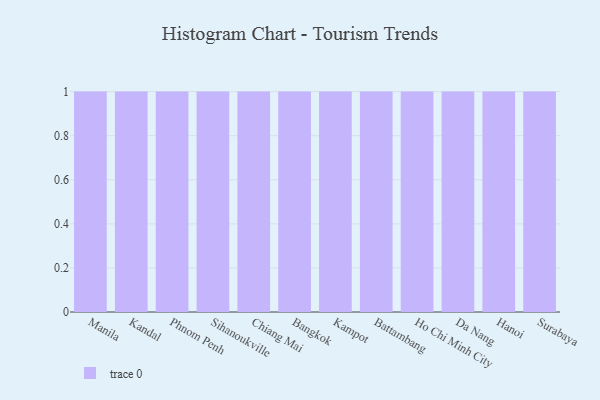
{"axis": {"x": "City", "y": "LTV (USD)"}, "legend": [""], "data": [{"x": "Manila", "y": 47, "type": ""}, {"x": "Kandal", "y": 6, "type": ""}, {"x": "Phnom Penh", "y": 16, "type": ""}, {"x": "Sihanoukville", "y": 97, "type": ""}, {"x": "Chiang Mai", "y": 33, "type": ""}, {"x": "Bangkok", "y": 75, "type": ""}, {"x": "Kampot", "y": 64, "type": ""}, {"x": "Battambang", "y": 80, "type": ""}, {"x": "Ho Chi Minh City", "y": 2, "type": ""}, {"x": "Da Nang", "y": 94, "type": ""}, {"x": "Hanoi", "y": 95, "type": ""}, {"x": "Surabaya", "y": 41, "type": ""}]}